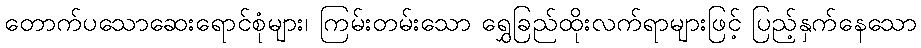
တောက်ပသောဆေးရောင်စုံများ၊ ကြမ်းတမ်းသော ရွှေခြည်ထိုးလက်ရာများဖြင့် ပြည့်နှက်နေသော